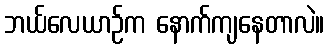
ဘယ်လေယာဉ်က နောက်ကျနေတာလဲ။